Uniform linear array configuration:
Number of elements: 48
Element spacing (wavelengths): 0.75
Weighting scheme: binomial
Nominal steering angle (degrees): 45
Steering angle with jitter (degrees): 45.819
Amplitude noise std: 0.05
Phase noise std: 0.05

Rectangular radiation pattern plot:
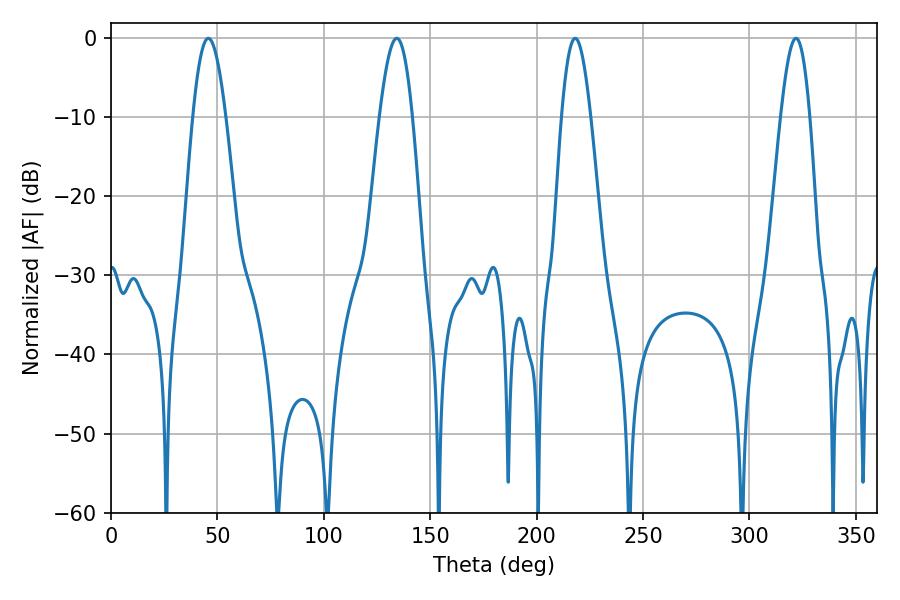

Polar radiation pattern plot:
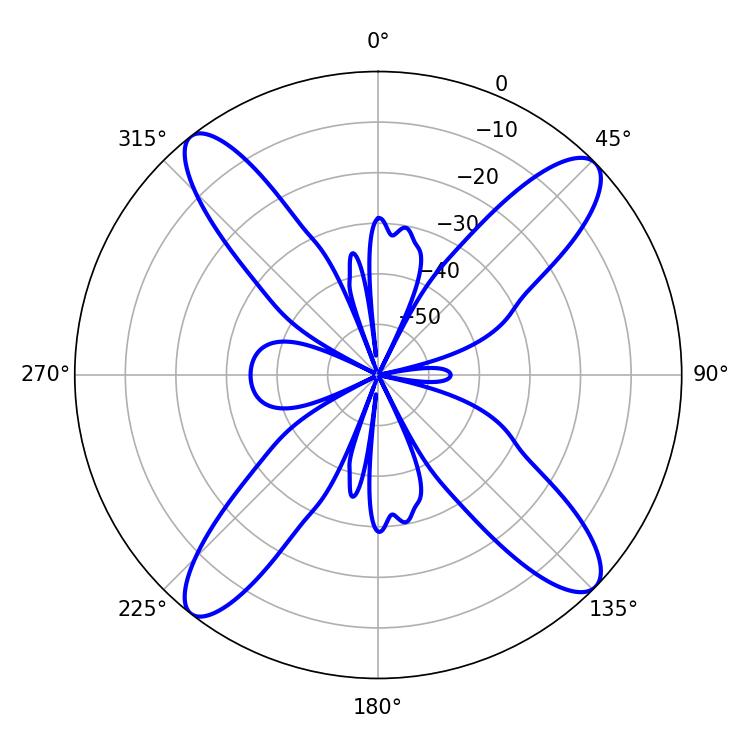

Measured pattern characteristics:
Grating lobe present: TRUE
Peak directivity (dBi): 15.71
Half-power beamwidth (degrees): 8.28
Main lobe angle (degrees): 45.72